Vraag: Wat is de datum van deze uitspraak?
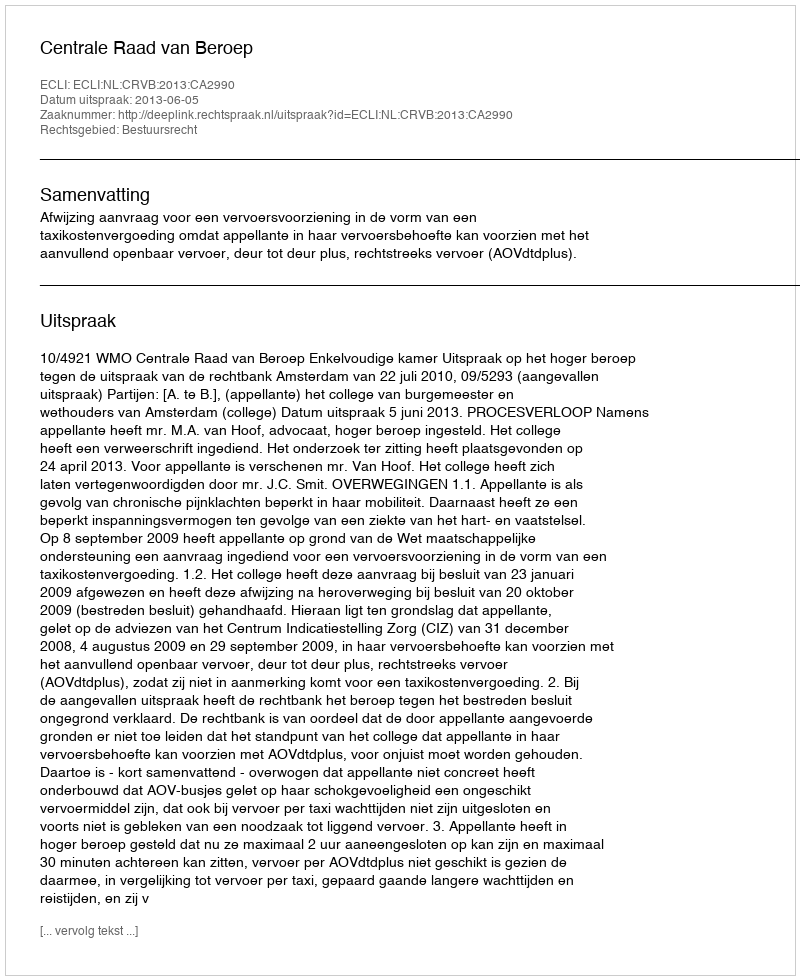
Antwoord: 2013-06-05